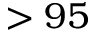
> 9 5